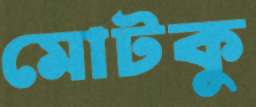
মোটকু